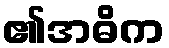
၏အဓိက